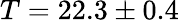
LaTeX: T=22.3\pm 0.4